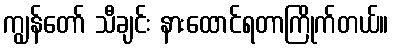
ကျွန်တော် သီချင်း နားထောင်ရတာကြိုက်တယ်။